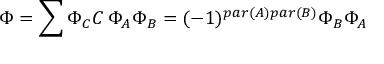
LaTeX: \Phi = \sum \Phi _ { C } C \, \Phi _ { A } \Phi _ { B } = ( - 1 ) ^ { p a r ( A ) p a r ( B ) } \Phi _ { B } \Phi _ { A }